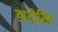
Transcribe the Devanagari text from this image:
डायोसिस